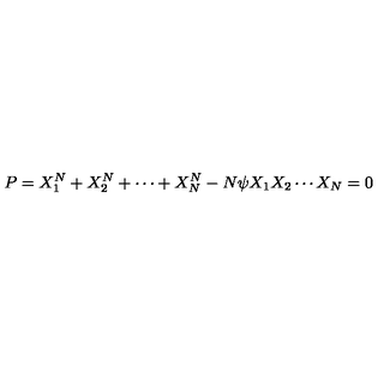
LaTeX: P = X _ { 1 } ^ { N } + X _ { 2 } ^ { N } + \cdots + X _ { N } ^ { N } - N \psi X _ { 1 } X _ { 2 } \cdots X _ { N } = 0